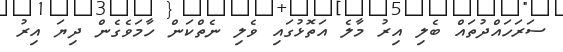
ސަރަހައްދުތައް ބެލި އިރު މާލެ އަތޮޅުގައި ވެލި ނެތްކަން ހާމަވެގެން ދިޔަ އިރު